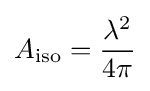
A_{\text{iso}}={\frac {\lambda ^{2}}{4\pi }}